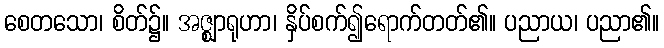
စေတသော၊ စိတ်၌။ အဇ္ဈာရုဟာ၊ နှိပ်စက်၍ရောက်တတ်၏။ ပညာယ၊ ပညာ၏။